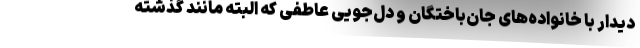
دیدار با خانواده‌های جان‌باختگان و دل‌جویی عاطفی که البته مانند گذشته